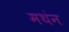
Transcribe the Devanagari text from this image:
मथंन